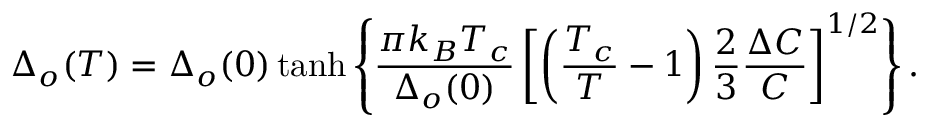
\Delta _ { o } ( T ) = \Delta _ { o } ( 0 ) \operatorname { t a n h } \left\{ \frac { \pi k _ { B } T _ { c } } { \Delta _ { o } ( 0 ) } \left[ \left( \frac { T _ { c } } { T } - 1 \right) \frac { 2 } { 3 } \frac { \Delta C } { C } \right] ^ { 1 / 2 } \right\} .